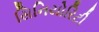
સિનિયોરિટી